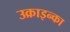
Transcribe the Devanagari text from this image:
उक्राइन्का